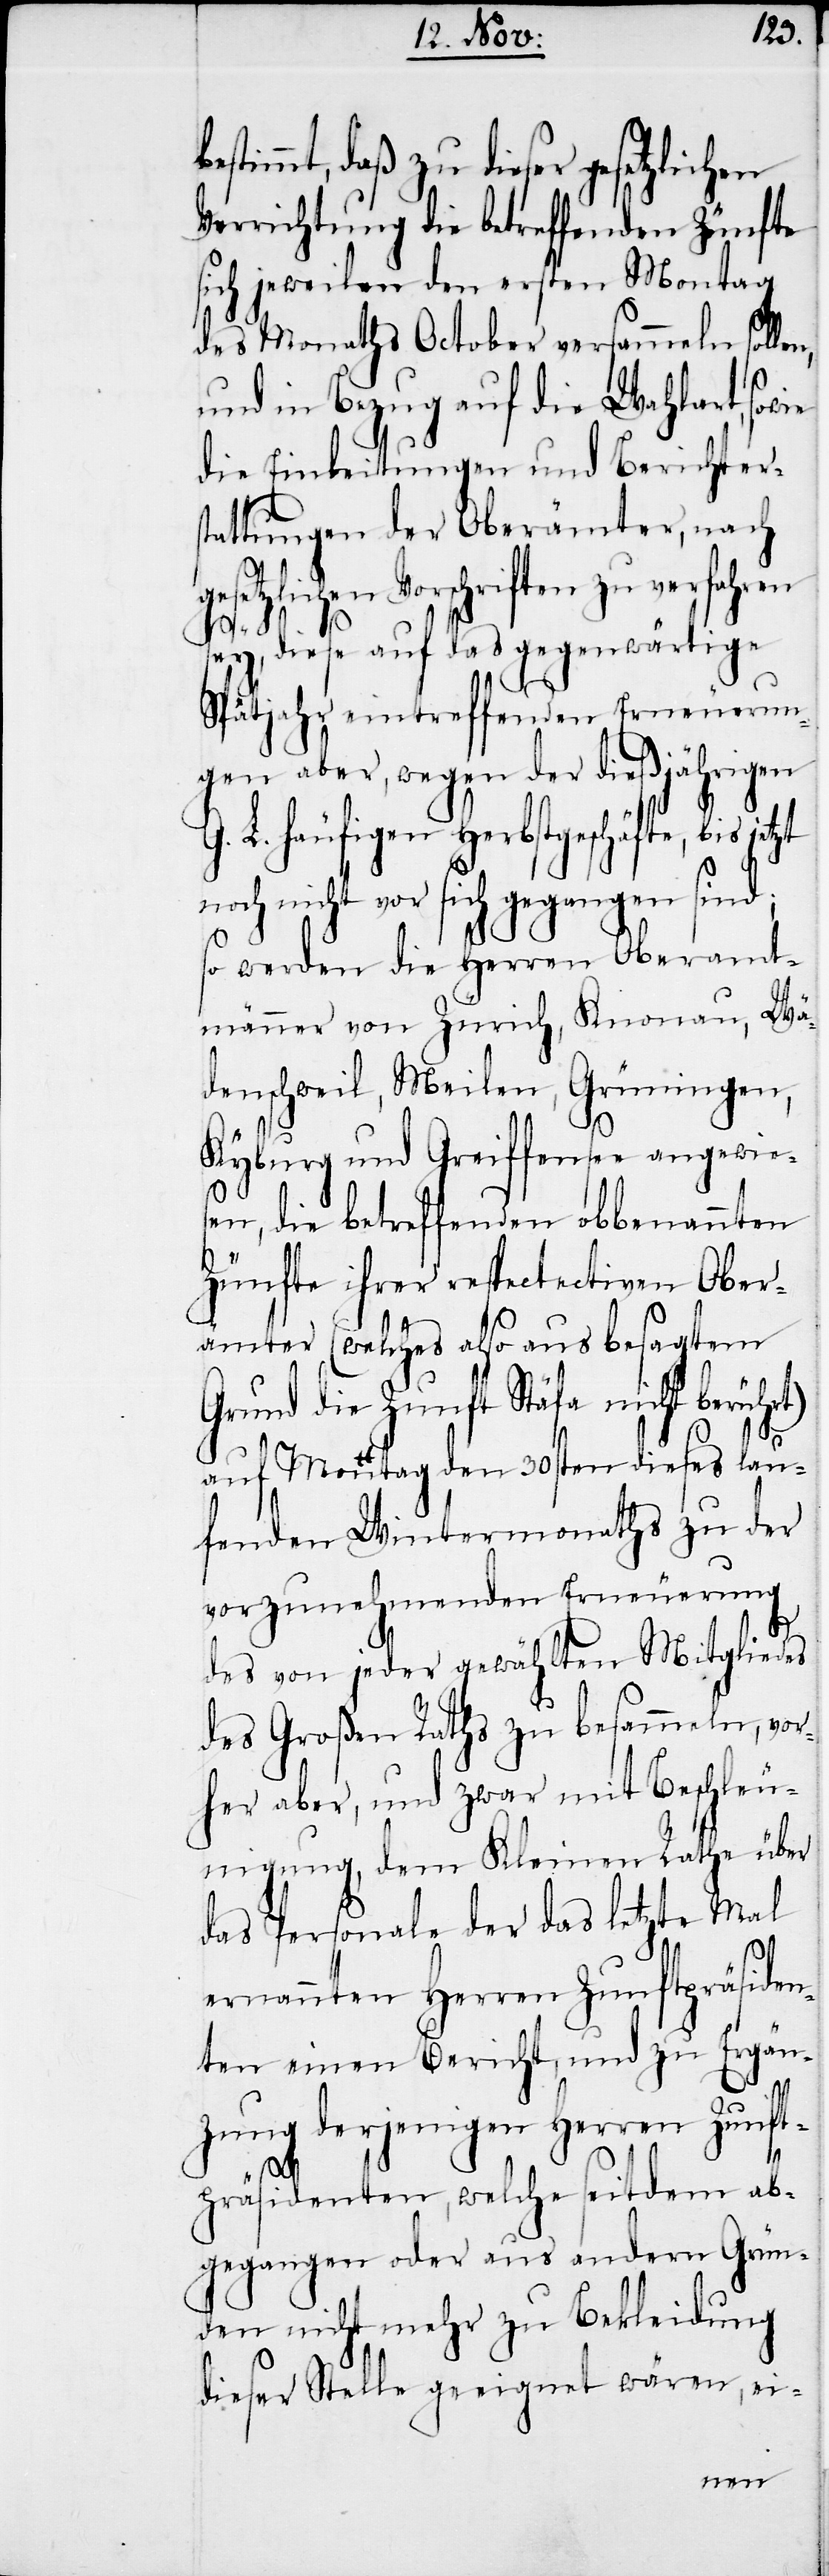
ft¬
stimmt, daß zu dieser gesetzlichen
Verrichtung die betreffenden Zünfte
sich jeweilen den ersten Montag
des Monaths October versammeln so¬
und in Bezug auf die Wahlart,
die Einleitungen und B¬
tattungen der Oberäm¬
gesetzlichen Vorschriften zu verfahren
sey, diese auf das gege¬
Spätjahr eintreffenden Er¬
gen aber, wegen der dießjährigen
Be¬
geschäfte, bis jetzt
noch nicht vor sich geg¬
so werden die Herren Oberamt¬
männer von Zürich, Kno¬
denschweil, Meilen, G¬
Kyburg und Greiffensee an¬
sen, die betreffenden ob¬
annten
Zünfte ihrer respectectiven
Ober¬
ämter (welches also aus
Grund die Zunft Stäfa nicht berü¬
auf Montag den 30sten d¬
ln,
fenden Wintermona¬
vorzunehmenden Erneu¬
des von jeder gewählten Mitgliedes
des Großen Raths zu besamme¬
her aber, und zwar
unigung, dem Kleinen
das Personale der das letzte Mal
prä¬
ernannten Herren Zun¬
ignet
ten einen Bericht, und
dung
zung derjenigen Herren
dem ab¬
präsidenten, welche
gegangen oder aus andern Gr¬
den nicht mehr zu Beklei¬
wären, ei-
dieser Stelle gee¬